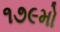
૧૭૯મો